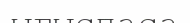
ығыспаса